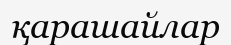
қарашайлар